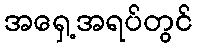
အရှေ့အရပ်တွင်